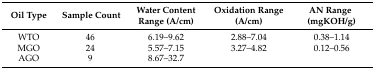
| Oil Type | Sample Count | Water Content Range (A/cm) | Oxidation Range (A/cm) | AN Range (mgKOH/g) |
 | --- | --- | --- | --- | --- |
 | WTO | 46 | 6.19–9.62 | 2.88–7.04 | 0.38–1.14 |
 | MGO | 24 | 5.57–7.15 | 3.27–4.82 | 0.12–0.56 |
 | AGO | 9 | 8.67–32.7 |  |  |